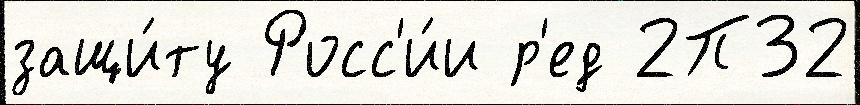
защи́ту Росс'и́и р'ед 2П32